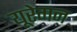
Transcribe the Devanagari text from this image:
यूरेगन